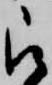
被